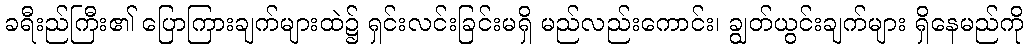
ခရီးည်ကြီး၏ ပြောကြားချက်များထဲ၌ ရှင်းလင်းခြင်းမရှိ မည်လည်းကောင်း၊ ချွတ်ယွင်းချက်များ ရှိနေမည်ကို